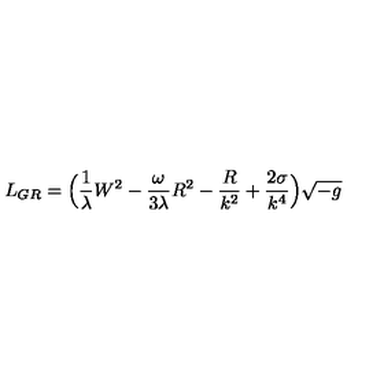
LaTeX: L _ { G R } = \Big ( \frac { 1 } { \lambda } W ^ { 2 } - \frac { \omega } { 3 \lambda } R ^ { 2 } - \frac { R } { k ^ { 2 } } + \frac { 2 \sigma } { k ^ { 4 } } \Big ) \sqrt { - g }